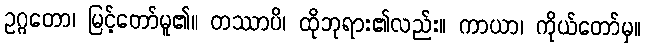
ဥဂ္ဂတော၊ မြင့်တော်မူ၏။ တဿာပိ၊ ထိုဘုရား၏လည်း။ ကာယာ၊ ကိုယ်တော်မှ။